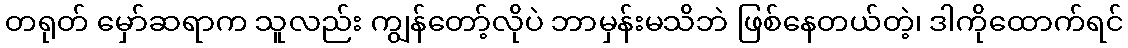
တရုတ် မှော်ဆရာက သူလည်း ကျွန်တော့်လိုပဲ ဘာမှန်းမသိဘဲ ဖြစ်နေတယ်တဲ့၊ ဒါကိုထောက်ရင်